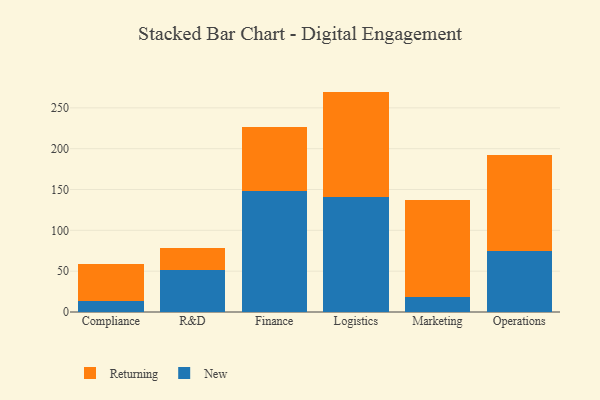
{"axis": {"x": "Department", "y": "Latency (ms)"}, "legend": ["New", "Returning"], "data": [{"x": "Compliance", "y": 13.6, "type": "New"}, {"x": "Compliance", "y": 45.0, "type": "Returning"}, {"x": "R&D", "y": 51.0, "type": "New"}, {"x": "R&D", "y": 26.8, "type": "Returning"}, {"x": "Finance", "y": 148.2, "type": "New"}, {"x": "Finance", "y": 78.1, "type": "Returning"}, {"x": "Logistics", "y": 140.8, "type": "New"}, {"x": "Logistics", "y": 129.1, "type": "Returning"}, {"x": "Marketing", "y": 18.0, "type": "New"}, {"x": "Marketing", "y": 119.4, "type": "Returning"}, {"x": "Operations", "y": 74.6, "type": "New"}, {"x": "Operations", "y": 118.0, "type": "Returning"}]}